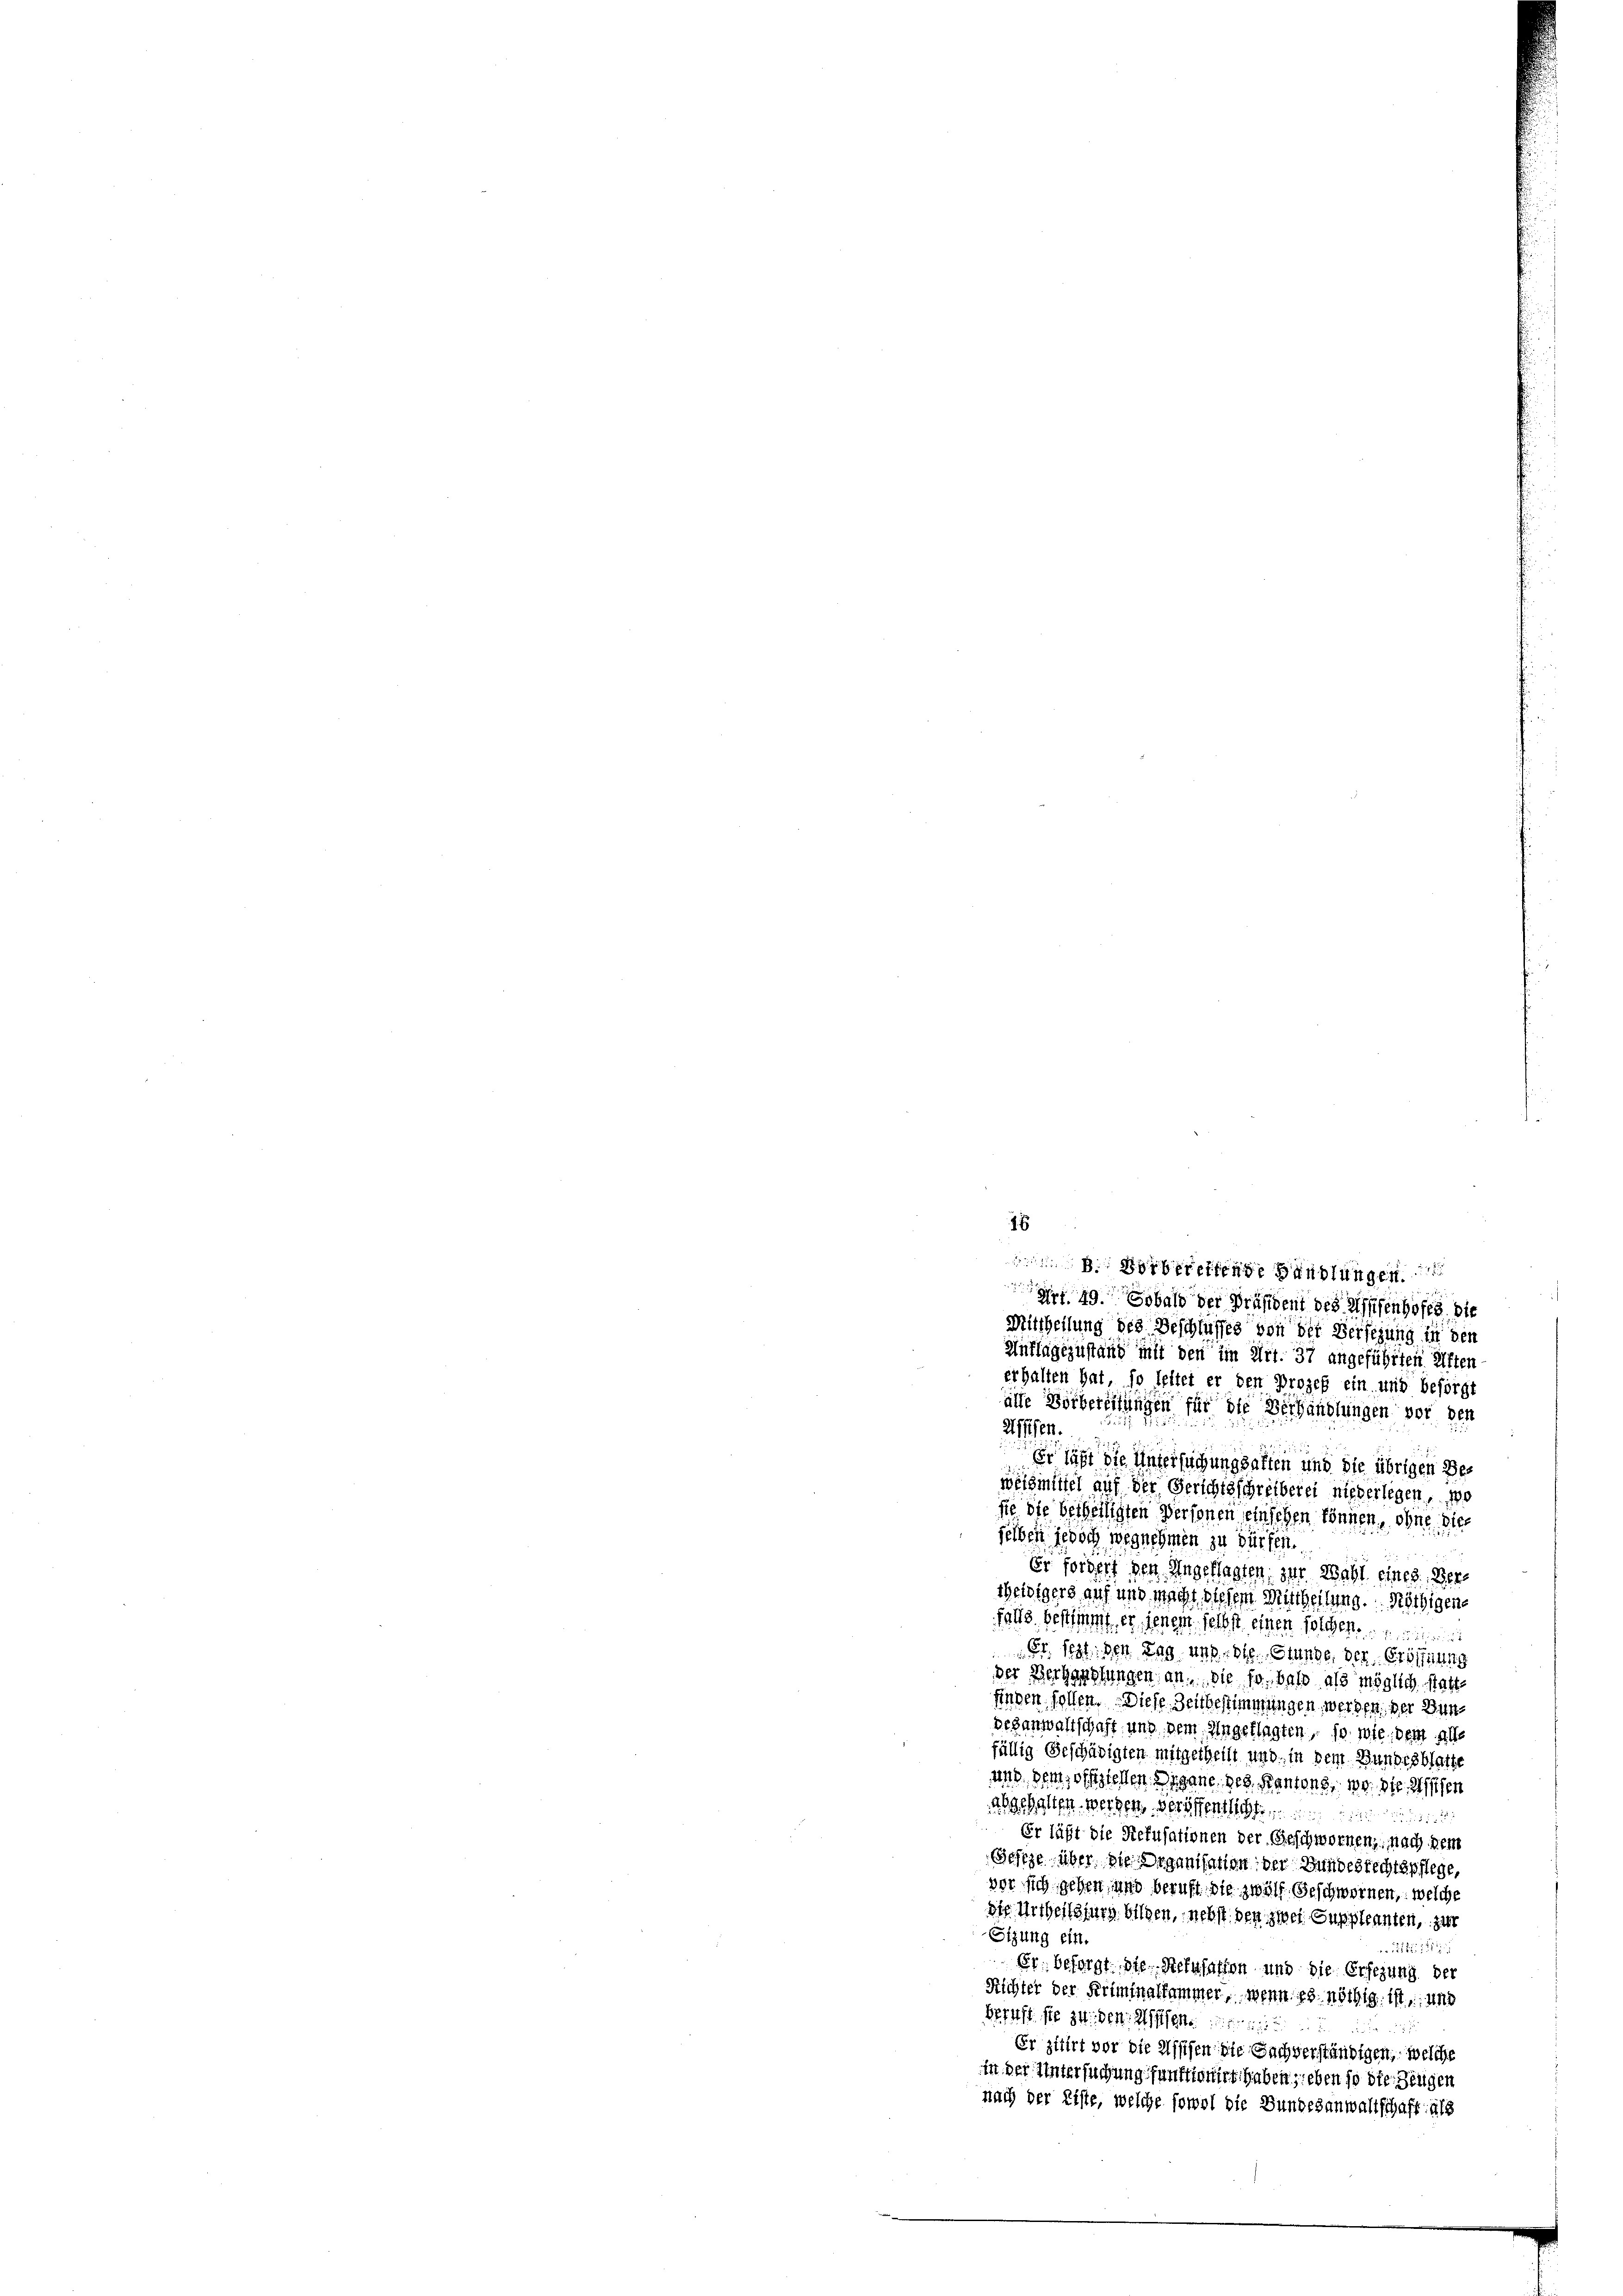
49. Sobald der Präsident des Wesenhofes die
Mittheilung des Beschlusses von der Versezung in den
Auflagezustand mit den im Art. 37 angeführten Atten
erhalten hat, so leitet er den Prozeß ein und beförgt
alle Vorbereitungen für die Verhandlungen vor den
Uffifen.
Er läßt die Untersuchungsalten und die übrigen Ber
weismittel auf der Gerichtsschreiberei niederlegen, wo
sie die betheiligten Personen einschen können, ohne dies
selben jedoch wegnehmen zu dürfen.
Er fordert den Angeklagten, zur Wahl eines Bere
sheidigers auf und macht diesem Mittheilung. Nöthigen
falls bestimmt er jenem selbst einen solchen
Er. fest, den Tag und die Stunde, der Eröffnung
der Verhandlungen an. Sie so bald als möglich statt¬
Finden sollen. Diese Zeitbestimmungen werden, der Bun
desanwaltschaft und dem Angeklagten, so wie dem alle
fällig Geschädigten mitgetheilt und in dem Bundesblatte
und dem offiziellen Organe des Kantons, wo die Wissen
abgehalten werden, veröffentlicht
Er läßt die Refusationen der Geschwornen, nach dem
Setze über, die Organisation der Bundesrechtspflege,
vor sich gehen, und beruft, die zwölf. Geschwornen, welche
Ste Urtheilsfurg bilden, nebst den zwei Suppleanten, zur
Sizung ein.
12: 1221
Fr. besorgt, die Neusation und die Ersezung der
Richter der Kriminalkommer, wenn es nöthig ist, und
Beruft sie zu den Assen
Er ziert vor die Assisen die Sachverständigen, welche
in der Untersuchung funktionirt haben sieben so die Zeugen
nach der Liste, welche sowol die Bundesanwaltschaft als

18
 Sippen anstangen